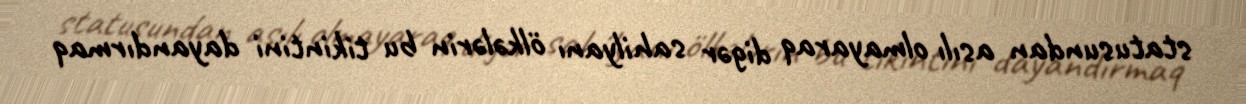
statusundan asılı olmayaraq digər sahilyanı ölkələrin bu tikintini dayandırmaq